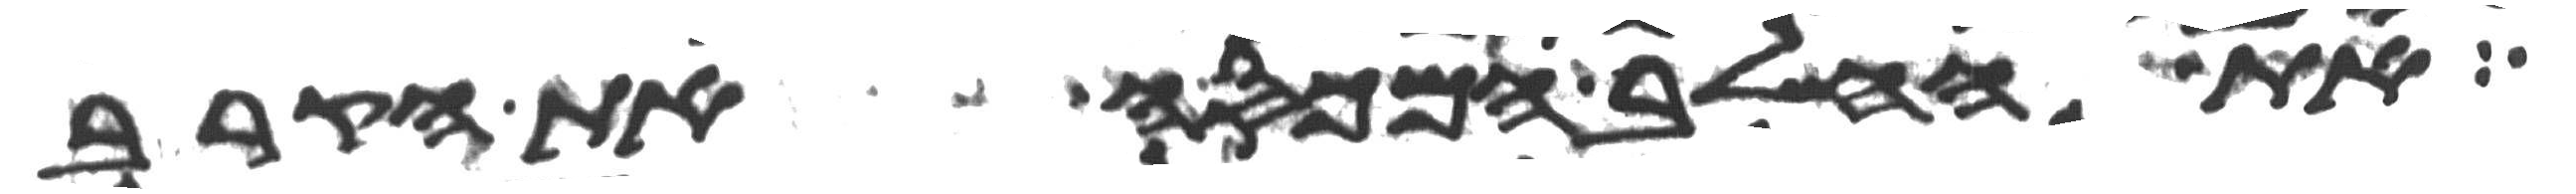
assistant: את החלב המכסה את הקרב